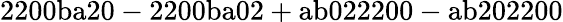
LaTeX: \mathrm{2200ba20-2200ba02+ab022200-ab202200}